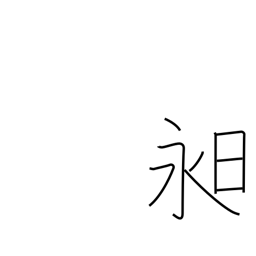
Meaning: long day